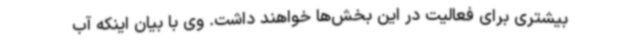
بیشتری برای فعالیت در این بخش‌ها خواهند داشت. وی با بیان اینکه آب